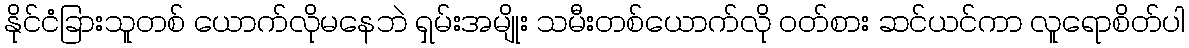
နိုင်ငံခြားသူတစ် ယောက်လိုမနေဘဲ ရှမ်းအမျိုး သမီးတစ်ယောက်လို ဝတ်စား ဆင်ယင်ကာ လူရောစိတ်ပါ